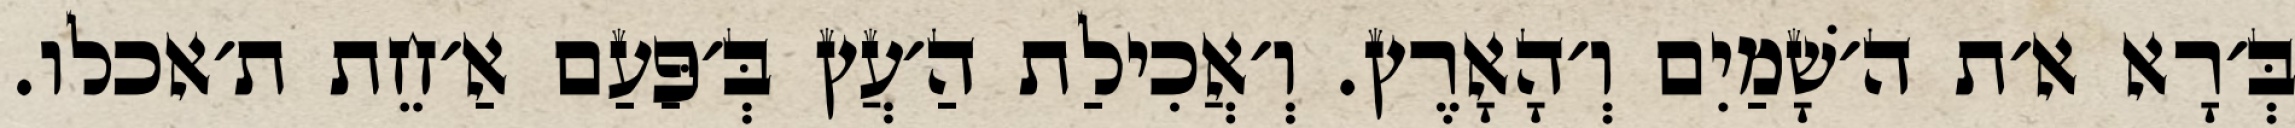
בְּ׳רָא א׳ת ה׳שָׁמַיִם וְ׳הָאָרֶץ. וְ׳אֲכִילַת הַ׳עֲץ בְּ׳פַּעַם אַ׳חֵת ת׳אכלו.